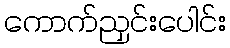
ကောက်ညှင်းပေါင်း